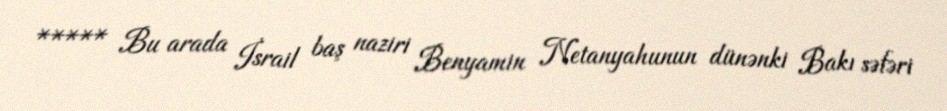
***** Bu arada İsrail baş naziri Benyamin Netanyahunun dünənki Bakı səfəri